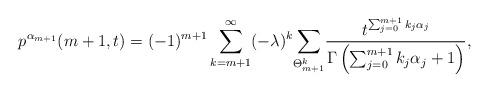
LaTeX: \begin{align*}p^{\alpha_{m+1}}(m+1,t)&=(-1)^{m+1}\sum_{k=m+1}^{\infty}(-\lambda)^k\underset{\Theta^{k}_{m+1}}{\sum}\frac{t^{\sum_{j=0}^{m+1}k_j\alpha_j}}{\Gamma\left(\sum_{j=0}^{m+1}k_j\alpha_j+1\right)},\end{align*}